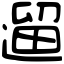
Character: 遛